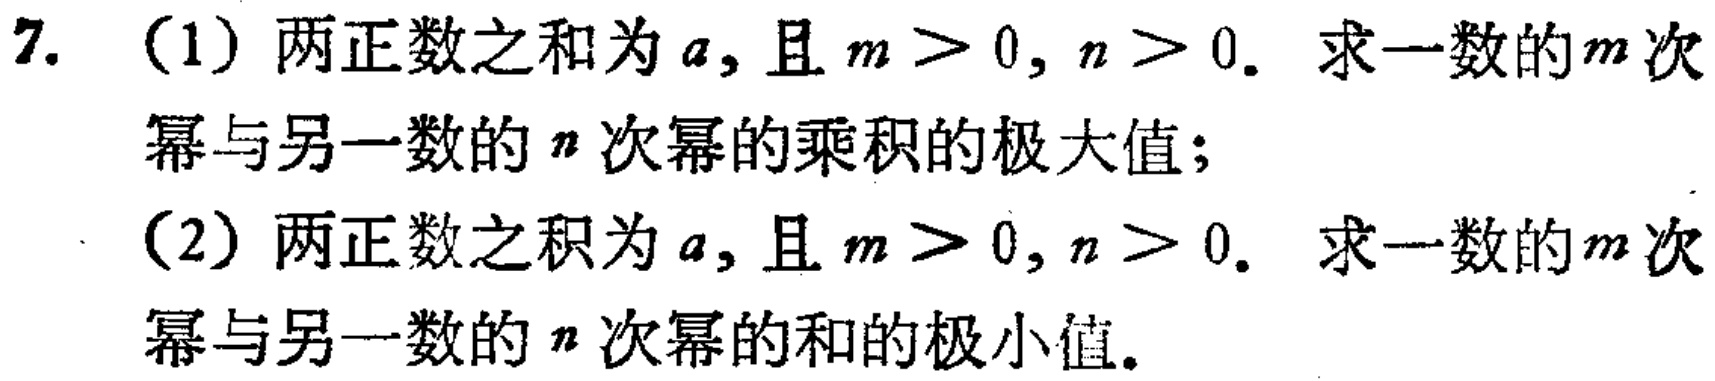
7. (1) 两正数之和为\(a\)，且\(m > 0, n > 0\)。求一数的\(m\)次幂与另一数的\(n\)次幂的乘积的极大值；
(2) 两正数之积为\(a\)，且\(m > 0, n > 0\)。求一数的\(m\)次幂与另一数的\(n\)次幂的和的极小值。